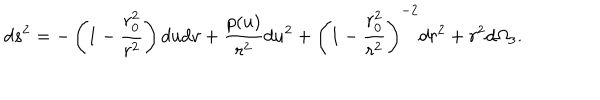
d s ^ { 2 } = - \left( 1 - \frac { r _ { 0 } ^ { 2 } } { r ^ { 2 } } \right) d u d v + \frac { p ( u ) } { r ^ { 2 } } d u ^ { 2 } + \left( 1 - \frac { r _ { 0 } ^ { 2 } } { r ^ { 2 } } \right) ^ { - 2 } d r ^ { 2 } + r ^ { 2 } d \Omega _ { 3 } .